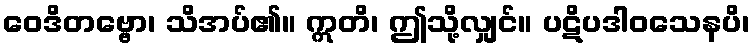
ဝေဒိတဗ္ဗော၊ သိအပ်၏။ ဣတိ၊ ဤသို့လျှင်။ ပဋိပဒါဝသေနပိ၊